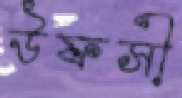
উফসী